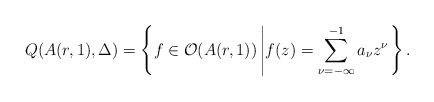
\begin{align*} Q(A(r,1),\Delta)=\left\{f\in \mathcal{O}(A(r,1))\left\vert f(z)= \sum_{\nu=-\infty}^{-1}a_\nu z^\nu\right.\right\}.\end{align*}